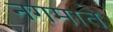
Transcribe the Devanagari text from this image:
नगमाते